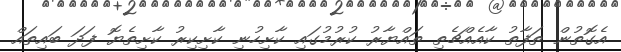
އެގޮތުން ތަފާތު ކާއެއްޗެތި ތައްޔާރު ކުރުމުގައި ކާށިހުނި ކާށިކިރު ކާށިތެޔޮ ފަދަ ބައިތައް